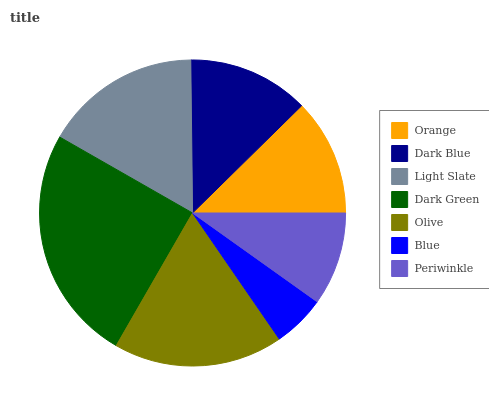
| Orange | Dark Blue | Light Slate | Dark Green | Olive | Blue | Periwinkle |
 | --- | --- | --- | --- | --- | --- | --- |
 | 12.4% | 12.8% | 16.5% | 25% | 18% | 5.55% | 9.84% |